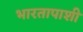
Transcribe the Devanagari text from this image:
भारतापाशी